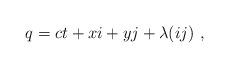
LaTeX: \begin{align*}q = ct + xi + yj + \lambda (ij) ~,\end{align*}